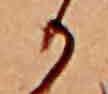
か